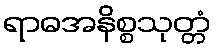
ရာဓအနိစ္စသုတ္တံ